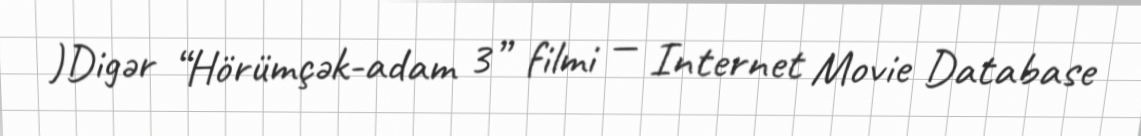
)Digər “Hörümçək-adam 3” filmi — Internet Movie Database